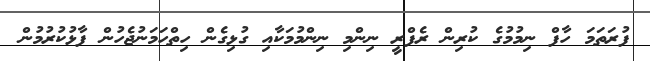
ފުރަތަމަ ހާފް ނިމުމުގެ ކުރިން ރެފްރީ ނިންމި ނިންމުމަކާއި ގުޅިގެން ހިތްހަމަނުޖެހުން ފާޅުކުރުމުން